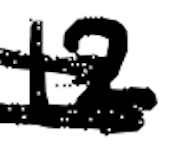
Text: 12
Cross-out: double-line
Writing tool: digital_black